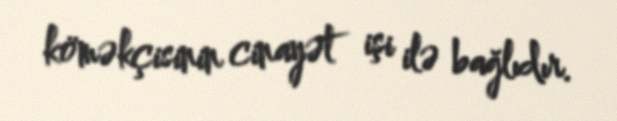
köməkçisinin cinayət işi ilə bağlıdır.